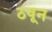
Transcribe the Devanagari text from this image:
ठवून